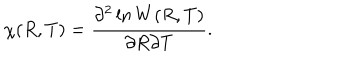
\chi ( R , T ) = \frac { \partial ^ { 2 } \ln W ( R , T ) } { \partial R \partial T } .